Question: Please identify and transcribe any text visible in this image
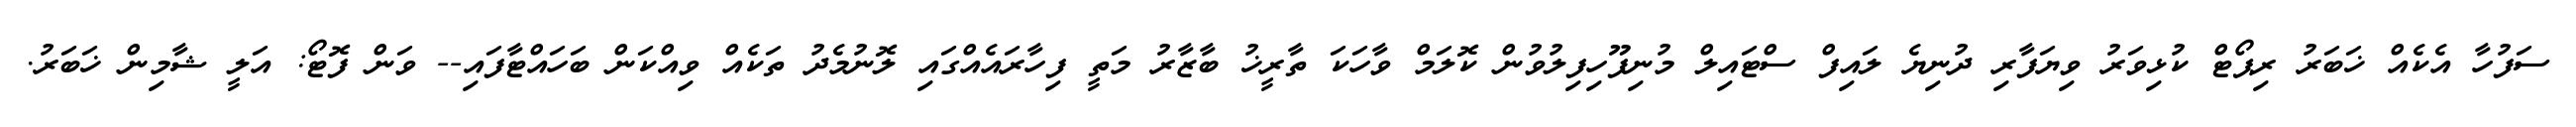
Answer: ސަފުހާ އެކެއް ޚަބަރު ރިޕޯޓް ކުޅިވަރު ވިޔަފާރި ދުނިޔެ ލައިފް ސްޓައިލް މުނިފޫހިފިލުވުން ކޮލަމް ވާހަކަ ތާރީޚު ބާޒާރު މަތީ ފިހާރައެއްގައި ލޮނުމެދު ތަކެއް ވިއްކަން ބަހައްޓާފައި-- ވަން ފޮޓޯ: އަލީ ޝާމިން ޚަބަރު.